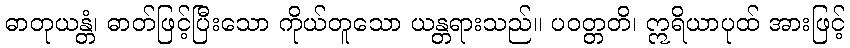
ဓာတုယန္တံ၊ ဓာတ်ဖြင့်ပြီးသော ကိုယ်တူသော ယန္တရားသည်။ ပဝတ္တတိ၊ ဣရိယာပုထ် အားဖြင့်